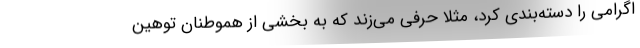
اگرامی را دسته‌بندی کرد، مثلا حرفی می‌زند که به بخشی از هموطنان توهین